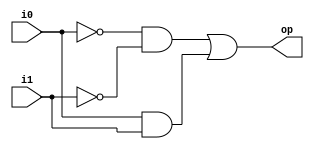
module xnor_gate
   // I/O ports
   (
    input wire i0, i1,
    output wire op
   );

   // signal declaration
   wire p0, p1;

   // body
   // sum of two product terms
   assign op = p0 | p1;
   // product terms
   assign p0 = ~i0 & ~i1;
   assign p1 = i0 & i1;

endmodule